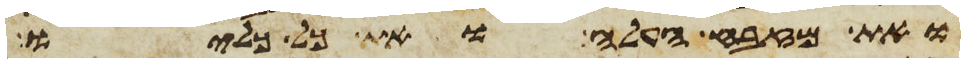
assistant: את מזבח העלה ואת כל כליו